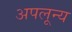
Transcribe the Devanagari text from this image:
अपलून्य